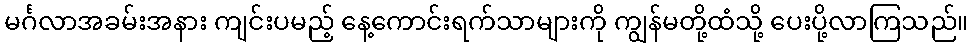
မင်္ဂလာအခမ်းအနား ကျင်းပမည့် နေ့ကောင်းရက်သာများကို ကျွန်မတို့ထံသို့ ပေးပို့လာကြသည်။